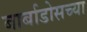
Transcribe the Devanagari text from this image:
बार्बाडोसच्या